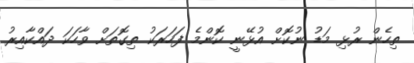
ތިހެން ރުޅި މަޑު ނުކޮށް އުޅޭނީ ކޮންމެ ފަހަރަކު ތިގޮތަށް ވާހަކަ ދައްކާއިރު